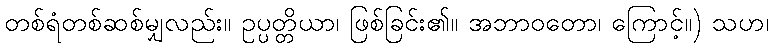
တစ်ရံတစ်ဆစ်မျှလည်း။ ဥပ္ပတ္တိယာ၊ ဖြစ်ခြင်း၏။ အဘာဝတော၊ ကြောင့်။) သဟ၊